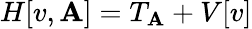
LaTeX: H[v,\mathbf{A}]=T_{\mathbf{A}}+V[v]